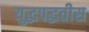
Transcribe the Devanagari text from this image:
युद्धपद्धतीस